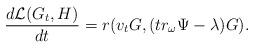
LaTeX: \begin{align*} \frac{d \mathcal{L}(G_t,H)}{d t}=r(v_t G, (tr_{\omega}\Psi-\lambda)G). \end{align*}